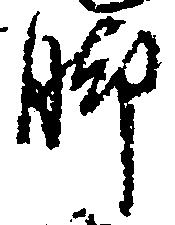
脚